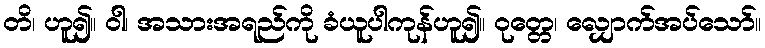
တိ၊ ဟူ၍။ ဝါ၊ အသားအရည်ကို ခံယူပါကုန်ဟူ၍။ ဝုတ္တေ၊ လျှောက်အပ်သော်။